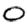
Digit: 0